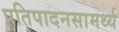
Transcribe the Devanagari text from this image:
प्रतिपादनसामर्थ्य